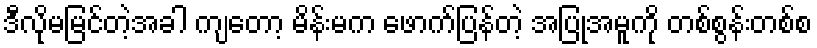
ဒီလိုမမြင်တဲ့အခါ ကျတော့ မိန်းမက ဖောက်ပြန်တဲ့ အပြုအမူကို တစ်စွန်းတစ်စ